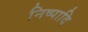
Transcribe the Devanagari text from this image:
निष्पादि